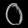
Digit: ၀